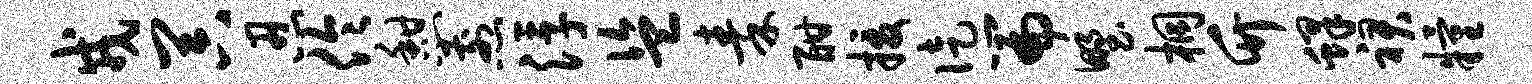
戎器忍伶憩煎浮盗秦酣援徒篇野桐竹蜂裙粮